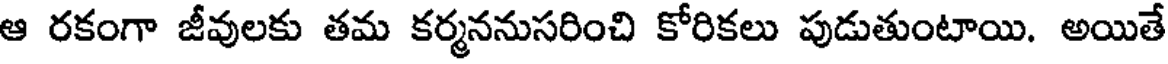
ఆ రకంగా జీవులకు తమ కర్మననుసరించి కోరికలు పుడుతుంటాయి. అయితే